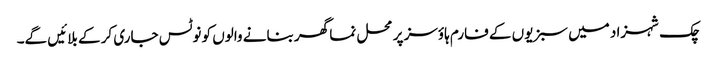
چک شہزاد میں سبزیوں کے فارم ہاؤسز پر محل نما گھر بنانے والوں کو نوٹس جاری کر کے بلائیں گے۔